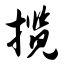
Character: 揽